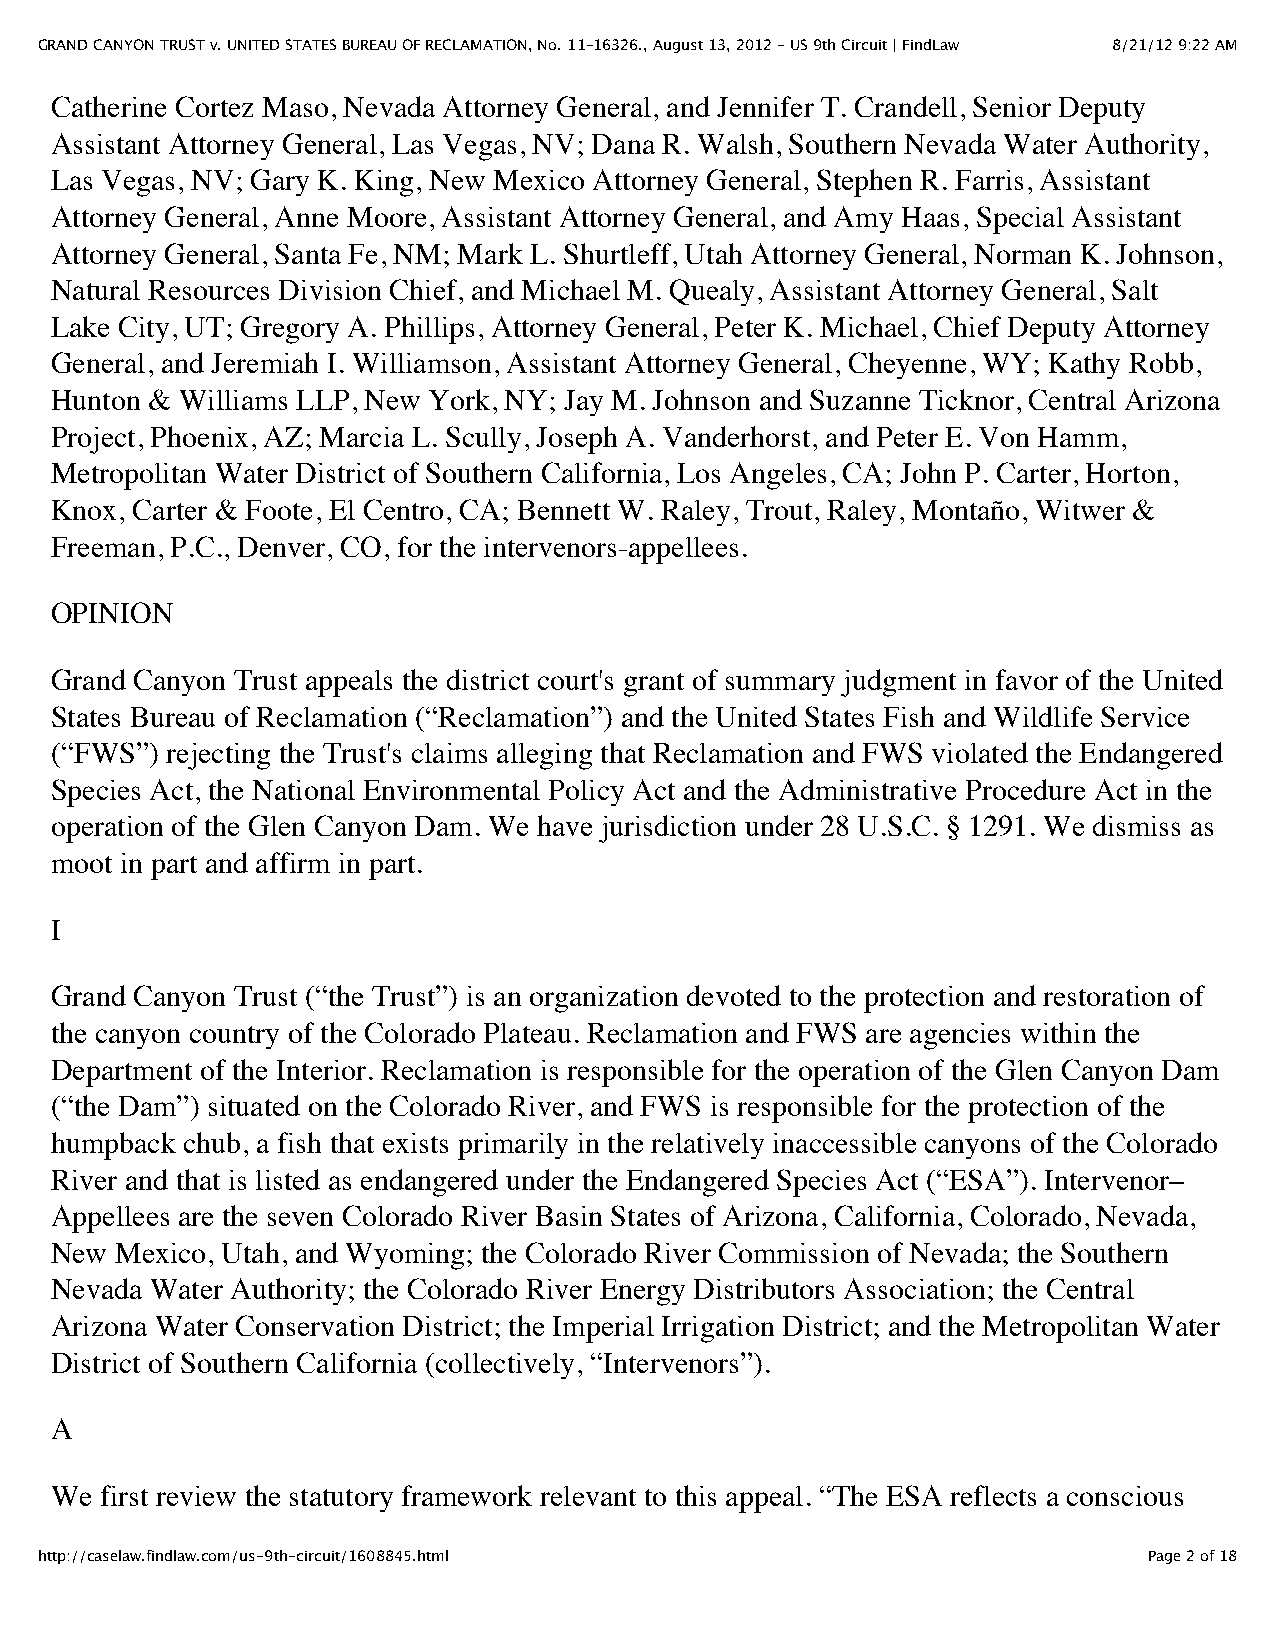
GRAND CANYON TRUST v. UNITED STATES BUREAU OF RECLAMATION, No. 11–16326., August 13, 2012 - US 9th Circuit | FindLaw 8/21/12 9:22 AM
 Catherine Cortez Maso, Nevada Attorney General, and Jennifer T. Crandell, Senior Deputy
 Assistant Attorney General, Las Vegas, NV; Dana R. Walsh, Southern Nevada Water Authority,
 Las Vegas, NV; Gary K. King, New Mexico Attorney General, Stephen R. Farris, Assistant
 Attorney General, Anne Moore, Assistant Attorney General, and Amy Haas, Special Assistant
 Attorney General, Santa Fe, NM; Mark L. Shurtleff, Utah Attorney General, Norman K. Johnson,
 Natural Resources Division Chief, and Michael M. Quealy, Assistant Attorney General, Salt
 Lake City, UT; Gregory A. Phillips, Attorney General, Peter K. Michael, Chief Deputy Attorney
 General, and Jeremiah I. Williamson, Assistant Attorney General, Cheyenne, WY; Kathy Robb,
 Hunton & Williams LLP, New York, NY; Jay M. Johnson and Suzanne Ticknor, Central Arizona
 Project, Phoenix, AZ; Marcia L. Scully, Joseph A. Vanderhorst, and Peter E. Von Hamm,
 Metropolitan Water District of Southern California, Los Angeles, CA; John P. Carter, Horton,
 Knox, Carter & Foote, El Centro, CA; Bennett W. Raley, Trout, Raley, Montaño, Witwer &
 Freeman, P.C., Denver, CO, for the intervenors-appellees.
 OPINION
 Grand Canyon Trust appeals the district court's grant of summary judgment in favor of the United
 States Bureau of Reclamation (“Reclamation”) and the United States Fish and Wildlife Service
 (“FWS”) rejecting the Trust's claims alleging that Reclamation and FWS violated the Endangered
 Species Act, the National Environmental Policy Act and the Administrative Procedure Act in the
 operation of the Glen Canyon Dam. We have jurisdiction under 28 U.S.C. § 1291. We dismiss as
 moot in part and affirm in part.
 I
 Grand Canyon Trust (“the Trust”) is an organization devoted to the protection and restoration of
 the canyon country of the Colorado Plateau. Reclamation and FWS are agencies within the
 Department of the Interior. Reclamation is responsible for the operation of the Glen Canyon Dam
 (“the Dam”) situated on the Colorado River, and FWS is responsible for the protection of the
 humpback chub, a fish that exists primarily in the relatively inaccessible canyons of the Colorado
 River and that is listed as endangered under the Endangered Species Act (“ESA”). Intervenor–
 Appellees are the seven Colorado River Basin States of Arizona, California, Colorado, Nevada,
 New  Mexico, Utah, and Wyoming; the Colorado River Commission of Nevada; the Southern
 Nevada Water Authority; the Colorado River Energy Distributors Association; the Central
 Arizona Water Conservation District; the Imperial Irrigation District; and the Metropolitan Water
 District of Southern California (collectively, “Intervenors”).
 A
 We  first review the statutory framework relevant to this appeal. “The ESA reflects a conscious
 http://caselaw.findlaw.com/us-9th-circuit/1608845.html                    Page 2 of 18